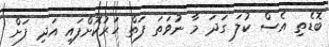
ބޮޑެތި އެސް ކުލަ ގަދަ މާ ނުވަތަ ފަތް ހަރުކޮށްފައި އަދި ފަށް